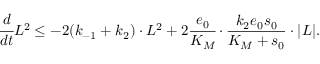
\cfrac { d } { d t } L ^ { 2 } \leq - 2 ( k _ { - 1 } + k _ { 2 } ) \cdot L ^ { 2 } + 2 \cfrac { e _ { 0 } } { K _ { M } } \cdot \frac { k _ { 2 } e _ { 0 } s _ { 0 } } { K _ { M } + s _ { 0 } } \cdot | L | .